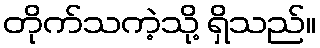
တိုက်သကဲ့သို့ ရှိသည်။